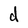
Character: d